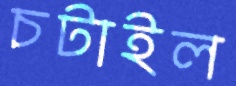
চটাইল